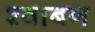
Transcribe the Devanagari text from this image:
श्वाबन